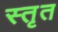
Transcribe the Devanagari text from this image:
स्तृत